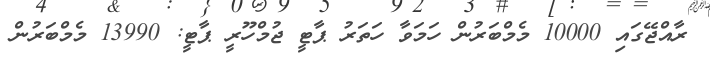
ރާއްޖޭގައި 10000 މެމްބަރުން ހަމަވާ ހަތަރު ޕާޓީ ޖުމްހޫރީ ޕާޓީ: 13990 މެމްބަރުން